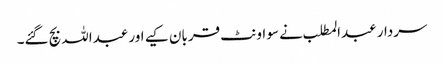
سردار عبدالمطلب نے سو اونٹ قربان کیے اور عبداللہ بچ گئے۔